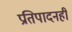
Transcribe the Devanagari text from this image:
प्रतिपादनही